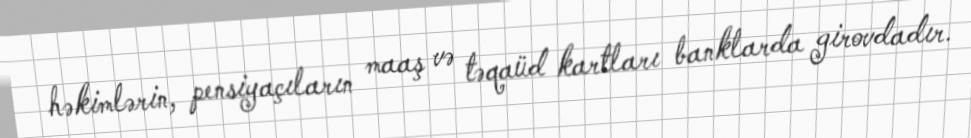
həkimlərin, pensiyaçıların maaş və təqaüd kartları banklarda girovdadır.